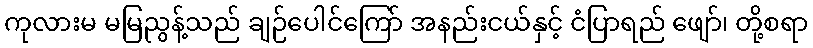
ကုလားမ မမြညွန့်သည် ချဉ်ပေါင်ကြော် အနည်းငယ်နှင့် ငံပြာရည် ဖျော်၊ တို့စရာ